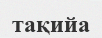
тақийа